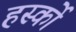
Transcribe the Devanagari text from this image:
हर्स्को